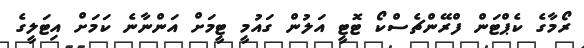
ރޯމާގެ ކެޕްޓަން ފްރޭންޗެސްކޯ ޓޮޓީ އަލުން ގައުމީ ޓީމަށް އަންނާނެ ކަމަށް އިޓަލީގެ